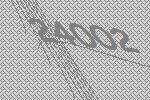
24002